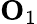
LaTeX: \mathbf{O}_{1}